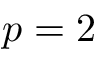
p = 2